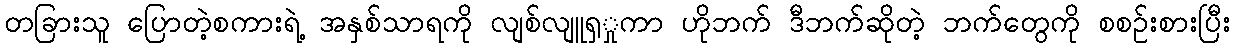
တခြားသူ ပြောတဲ့စကားရဲ့ အနှစ်သာရကို လျစ်လျူရှှုကာ ဟိုဘက် ဒီဘက်ဆိုတဲ့ ဘက်တွေကို စစဉ်းစားပြီး